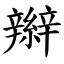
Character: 辮